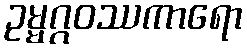
ဥမ္မဂ္ဂဝဿကာရော